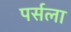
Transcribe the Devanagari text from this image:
पर्सला